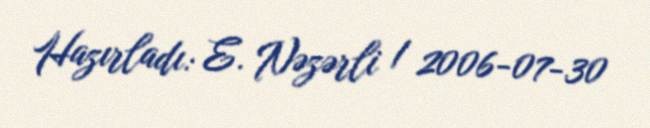
Hazırladı: E. Nəzərli / 2006-07-30